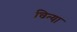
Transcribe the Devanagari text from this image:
चित्या